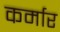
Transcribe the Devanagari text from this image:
कर्मार